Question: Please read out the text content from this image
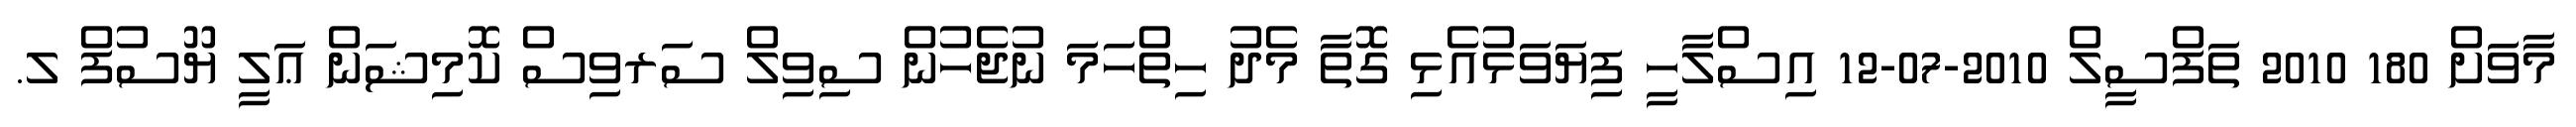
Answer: މާވަށް 180 2010 ތަފްސީލް 2010-07-12 އިސްލާހީ ފިޔަވަޅުއެޅި ގޮތާ މެދު ހިތްހަމަ ނުޖެހުން ސިވިލް ސަރވިސް ކޮމިޝަން ޢަލީ ޔޫސުފް ލ.